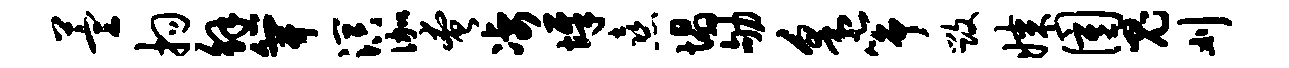
萱拘解笄溟伽奄凄墀熹塌劬采筝毁媒圉鬼刈